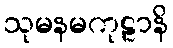
သုမနမကုဠာနိ